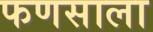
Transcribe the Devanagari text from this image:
फणसाला